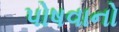
પોષવાનો